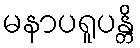
မနာပရူပန္တိ